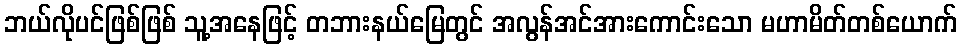
ဘယ်လိုပင်ဖြစ်ဖြစ် သူ့အနေဖြင့် တဘားနယ်မြေတွင် အလွန်အင်အားကောင်းသော မဟာမိတ်တစ်ယောက်